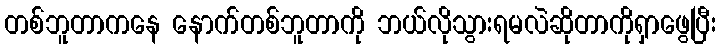
တစ်ဘူတာကနေ နောက်တစ်ဘူတာကို ဘယ်လိုသွားရမလဲဆိုတာကိုရှာဖွေပြီး